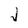
Character: J